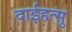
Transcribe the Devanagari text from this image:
दाईहत्सु